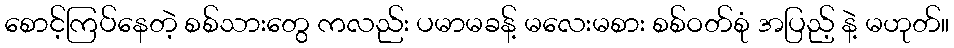
စောင့်ကြပ်နေတဲ့ စစ်သားတွေ ကလည်း ပမာမခန့် မလေးမစား စစ်ဝတ်စုံ အပြည့် နဲ့ မဟုတ်။